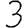
Digit: 3